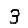
Digit: 3